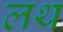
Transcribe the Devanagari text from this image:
लथ